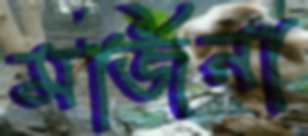
মর্জিনা